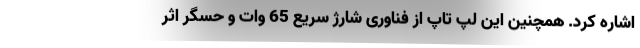
اشاره کرد. همچنین این لپ تاپ از فناوری شارژ سریع 65 وات و حسگر اثر